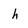
Character: h